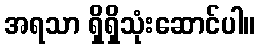
အရသာ ရှိရှိသုံးဆောင်ပါ။